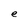
Character: e